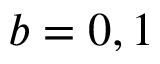
b = 0 , 1